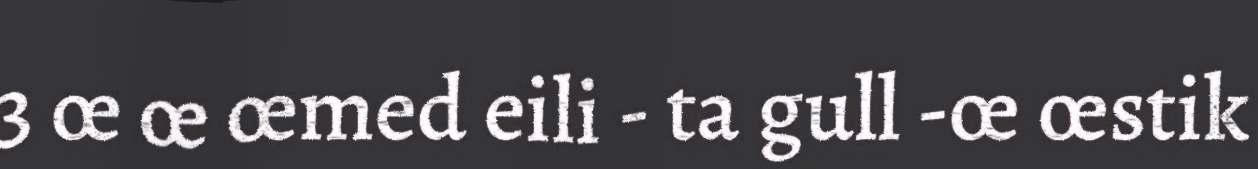
3 œ œ œmed eili - ta gull -œ œstik